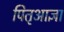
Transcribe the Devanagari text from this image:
पितृआज्ञा